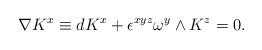
LaTeX: \begin{align*}\nabla K^x\equiv dK^x +\epsilon^{xyz}\omega^y\wedge K^z=0.\end{align*}